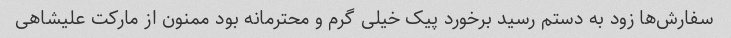
سفارش‌ها زود به دستم رسید برخورد پیک خیلی گرم و محترمانه بود ممنون از مارکت علیشاهی